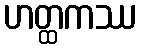
ဟတ္ထကဿ